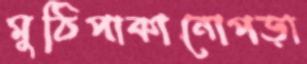
মুঠিপাকানোপড়া